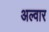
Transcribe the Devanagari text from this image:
अल्‍वार